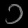
Digit: ၁